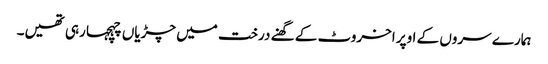
ہمارے سروں کے اوپر اخروٹ کے گھنے درخت میں چڑیاں چہچہا رہی تھیں۔